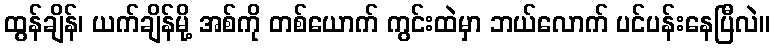
ထွန်ချိန်၊ ယက်ချိန်မို့ အစ်ကို တစ်ယောက် ကွင်းထဲမှာ ဘယ်လောက် ပင်ပန်းနေပြီလဲ။